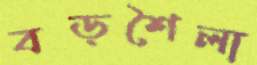
বড়শৈলা